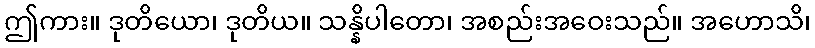
ဤကား။ ဒုတိယော၊ ဒုတိယ။ သန္နိပါတော၊ အစည်းအဝေးသည်။ အဟောသိ၊